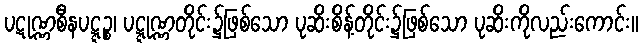
ပဋုဏ္ဏစီနပဋ္ဋဉ္စ၊ ပဋ္ဋုဏ္ဏတိုင်း၌ဖြစ်သော ပုဆိးစိန့်တိုင်း၌ဖြစ်သော ပုဆိးကိုလည်းကောင်း။